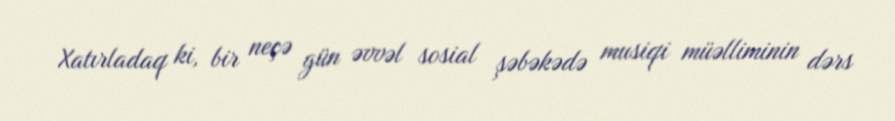
Xatırladaq ki, bir neçə gün əvvəl sosial şəbəkədə musiqi müəlliminin dərs